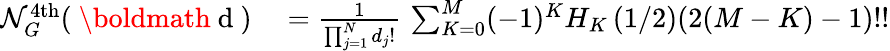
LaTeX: \begin{array}{rl}{\mathcal{N}_{G}^{\mathrm{4th}}(\mathrm{~\boldmath~d~})}&{{}=\frac{1}{\prod_{j=1}^{N}d_{j}!}\, \sum_{K=0}^{M}(-1)^{K}H_{K}\left(1/2\right)(2(M-K)-1)!!}\end{array}